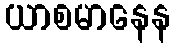
ယာစမာနေန